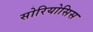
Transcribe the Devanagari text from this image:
सोरियोसिस